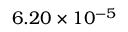
6 . 2 0 \times 1 0 ^ { - 5 }